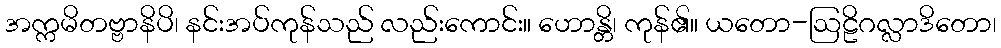
အက္ကမိတဗ္ဗာနိပိ၊ နင်းအပ်ကုန်သည် လည်းကောင်း။ ဟောန္တိ၊ ကုန်၏။ ယတော-ဩဠိဂလ္လာဒိတော၊